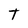
Character: T